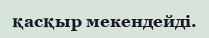
қасқыр мекендейді.